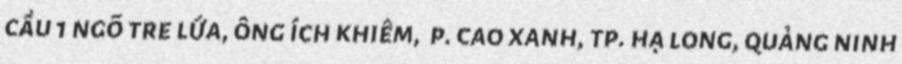
cầu 1 ngõ tre lứa, ông ích khiêm,  p. cao xanh, tp. hạ long, quảng ninh